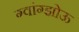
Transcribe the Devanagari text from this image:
ग्वांग्झोऊ